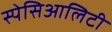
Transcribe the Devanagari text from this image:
स्पेसिआलिटी